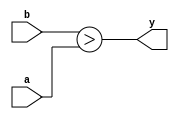

`default_nettype none

module comparator (y, a, b);
	// Parameters
	parameter DATA_WIDTH = 8;

	// Outputs
	output wire y;

	// Inputs
	input wire [DATA_WIDTH - 1 : 0] a, b;

	// Dataflow Description of module
	assign y = (b > a);
endmodule